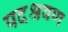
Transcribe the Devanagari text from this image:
पदश्रवण